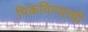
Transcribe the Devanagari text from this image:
पिकविण्याची